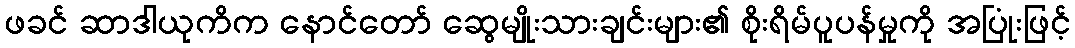
ဖခင် ဆာဒါယုကိက နောင်တော် ဆွေမျိုးသားချင်းများ၏ စိုးရိမ်ပူပန်မှုကို အပြုံးဖြင့်